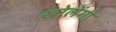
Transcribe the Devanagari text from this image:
खोलेंगी